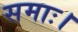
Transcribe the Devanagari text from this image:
समाः।